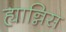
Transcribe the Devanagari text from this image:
ह्यान्निस